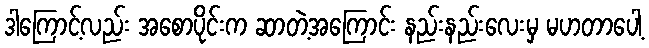
ဒါကြောင့်လည်း အစောပိုင်းက ဆာတဲ့အကြောင်း နည်းနည်းလေးမှ မဟတာပေါ့